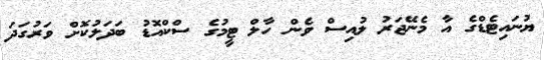
ޔުނައިޓެޑްގެ އާ މެނޭޖަރު ލުއިސް ވެން ހާލް ޓީމުގެ ސްކްއޮޑު ބަދަލުކޮށް ވަރުގަދަ